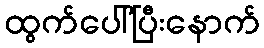
ထွက်ပေါ်ပြီးနောက်